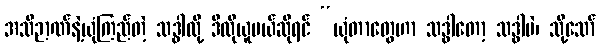
အသိဉာဏ်နဲ့ယုံကြည်တဲ့ သဒ္ဓါလို့ ဒီလိုယူမယ်ဆိုရင် “ယုံတာတွေဟာ သဒ္ဓါတော့ သဒ္ဓါပဲ၊ သို့သော်